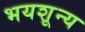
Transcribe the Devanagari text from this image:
भयशून्य